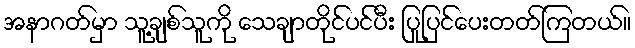
အနာဂတ်မှာ သူ့ချစ်သူကို သေချာတိုင်ပင်ပီး ပြုပြင်ပေးတတ်ကြတယ်။